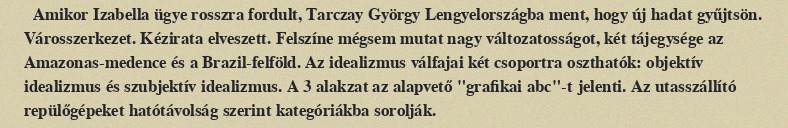
Amikor Izabella ügye rosszra fordult, Tarczay György Lengyelországba ment, hogy új hadat gyűjtsön. Városszerkezet. Kézirata elveszett. Felszíne mégsem mutat nagy változatosságot, két tájegysége az Amazonas-medence és a Brazil-felföld. Az idealizmus válfajai két csoportra oszthatók: objektív idealizmus és szubjektív idealizmus. A 3 alakzat az alapvető "grafikai abc"-t jelenti. Az utasszállító repülőgépeket hatótávolság szerint kategóriákba sorolják.